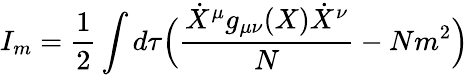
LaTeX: I_{m}=\frac{1}{2}\int d\tau\Bigl(\frac{\dot{X}^{\mu}g_{\mu\nu}(X)\dot{X}^{\nu}}{N}-Nm^{2}\Bigr)